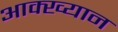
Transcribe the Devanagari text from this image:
आक्ख्यान